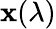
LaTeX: \mathbf{x}(\lambda)